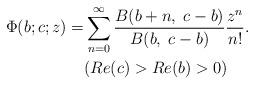
LaTeX: \begin{align*} \Phi(b;c;z)= &\sum_{n=0}^{\infty} \frac{B(b+n,\;c-b)}{B(b,\;c-b)} \frac{z^n}{n!}.& \\ &(Re(c)>Re(b)>0)&\end{align*}